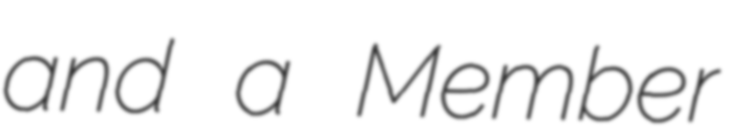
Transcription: and a Member